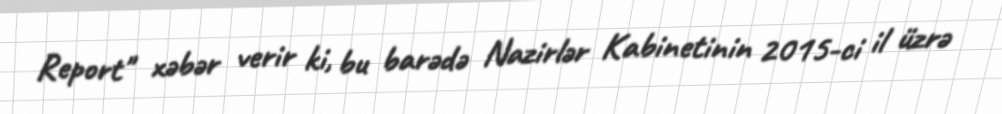
Report" xəbər verir ki, bu barədə Nazirlər Kabinetinin 2015-ci il üzrə